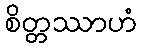
စိတ္တဿာဟံ